King Institute of Preventive Medicine Micro-Biological Section reports 1912-19
Year: 1912
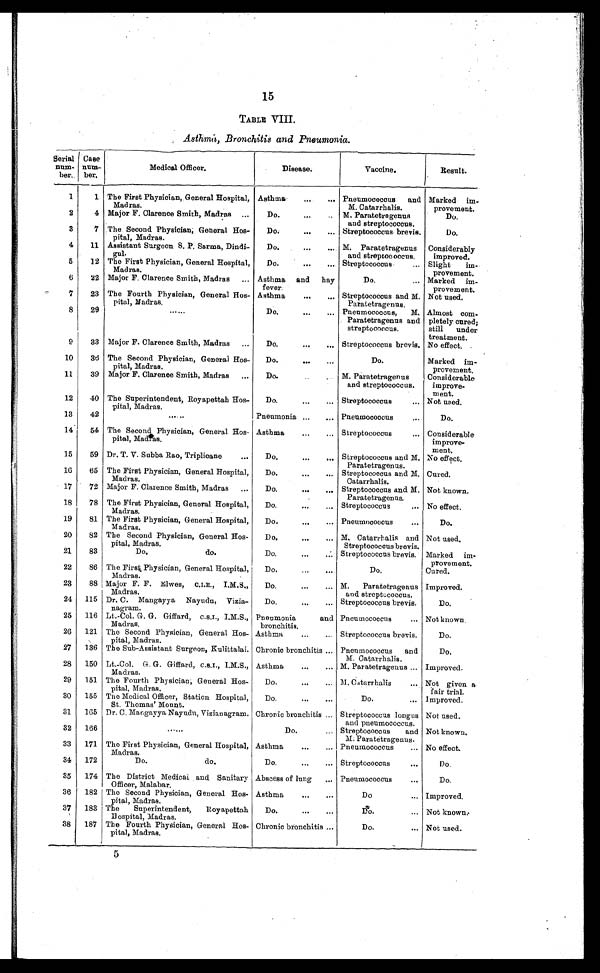
15
TABLE VIII.
Asthma, Bronchitis and Pneumonia.
Serial
num-
her.
Case
num-
ber.
Medical Officer.
Disease.
Vaccine.
Result.
1
1 The First Physician, General Hospital,
Madras.
Asthma
...
... Pneumococcus
and
M. Catarrhalis.
Marked im-
provement.
2
4 Major F. Clarence Smith, Madras ...
Do.
...
.. M, Paratetragenus
and streptococcus.
Do.
3
7 The Second Physician, General Hos-
pital, Madras.
Do.
...
... Streptococcus brevis.
Do.
4
11 Assistant Surgeon S. P. Sarma, Dindi-
gul.
Do.
...
... M. Paratetragenus
and streptococcus.
Considerably
improved.
5
12 The First Physician, General Hospital,
Madras.
Do.
...
... Streptococcus
... Slight
im-
provement.
6
22 Major F. Clarence Smith, Madras
... Asthma and
hay
fever.
Do.
... Marked im-
provement.
7
23 The Fourth Physician, General Hos-
pital, Madras,
Asthma
...
... Streptococcus and M.
Paratetragenus,
Not used.
8
29
.....
Do.
...
... Pneumococcus,
M.
Paratetragenus and
streptococcus.
Almost coin-
pletely cured;
still
under
treatment.
9
33 Major F. Clarence Smith, Madras
...
Do.
...
... Streptococcus brevis. No effect. .
10
36 The Second Physician, General Floe-
pital, Madras.
Do.
...
...
Do.
Marked im-
provement.
11
39 Major F. Clarence Smith, Madras
...
Do.
M. Paratetragenus
and streptococcus.
Considerable
improve-
Ment.
12
40 The Superintendent, Royapettah Hos-
pital, Madras.
Do.
...
... Streptococcus
... Not used.
13
42
. . . .
Pneumonia ...
.. Pneumococcus
...
Do.
14
54 The Second Physician, General Hos-
pital, Madras,
Asthma
...
... Streptococcus
... Considerable
improve-
ment.
15
59 Dr. T. V. Subba Rao, Triplicane
...
Do.
...
... Streptococcus and M.
Paratetragenus.
No effect.
16
65 The First Physician, General Hospital,
Madras.
Do.
...
.... Streptococcus and M.
Catarrhalis.
Cured.
17
72 Major F. Clarence Smith, Madras
...
Do.
...
... Streptococcus and M.
Paratetragenus.
Not known.
18
78 The First Physician, General Hospital,
Madras.
-
Do.
. . .
Streptococcus
... No effect.
19
81 The First Physician, General Hospital,
Madras.
Do.
...
... Pneurnococcus
...
Do.
20
82 The Second Physician, General Hos-
pital, Madras.
Do.
...
... M. Catarrhalis and
Streptococcus brevis.
Not used.
21
83
Do.
do.
Do.
...
... Streptococcus brevis. Marked im-
provement.
22
86 The First Physician, General Hospital,
Madras.
Do.
...
...
Do.
Cured.
23
88 Major F. F. Elwes, C.I.E., I.M.S.,
Madras.
Do.
...
... M. Paratetragenus
and streptucoccus.
Improved.
24
115 Dr. C. Mangayya Nayudu, Vizia-
nagram.
Do.
...
... Streptococcus brevis.
Do.
25
116 Lt.Col. G. G. Giffard, C.S.I., I.M.S.,
Madras.
Pneumonia
and
bronchitis,
Pneumococcus
... Not known.
26
121 The Second Physician, General Hos-
pital, Madras.
Asthma
...
... Streptococcus brevis.
D o .
27
136 The Sub-Assistant Surgeon, Kulittalai. Chronic bronchitis ... Pneumococcus
and
M. Catarrhalis.
Do.
28
150 Lt.-Col. G. G. Giffard, C.S.I., I.M.S.,
Madras.
Asthma
...
... M. Paratetragenus ... Improved.
29
151 The Fourth Physician, General Hos-
pital, Madras.
Do.
...
.. 31 Catarrhalis
...
•
Not given a
fair trial.
30
155 Toe Medical Officer, Station Hospital,
St, Thomas' Mount.
Do.
. . . ...
Do.
... Improved.
81
165 Dr. C. Mangayya, Nayudu, Vizianagram. Chronic bronchitis ... Streptococcus longus
and pneumococcus.
Not used.
32
166
......
Do.
... Streptococcus
and
M. Paratetragenus.
Not known,
33
171 The First Physician, General Hospital,
Madras.
Asthma
...
... Pneuinococcus
... No effect.
34
172
Do.
do.
Do.
...
... Streptococcus
...
Do.
35
174 The District Medical and Sanitary
Officer, Malabar.
Abscess of lung
... Pneumococcus
...
Do.
36
182 The Second Physician, General Hos-
I
pital, Madras.
Asthma
...
...
Do
... Improved.
37
183 The
Superintendent,
Royapettah
Hospital, Madras.
Do.
...
...
Do.
... Not known.
38
187 The Fourth Physician, General Hos-
pital, Madras,
Chronic bronchitis ...
Do.
... Not used.
5